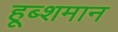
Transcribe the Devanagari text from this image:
हूब्शमान